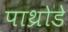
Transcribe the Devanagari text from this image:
पाथ्रोडे